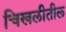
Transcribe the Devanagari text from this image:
चिखलीतील